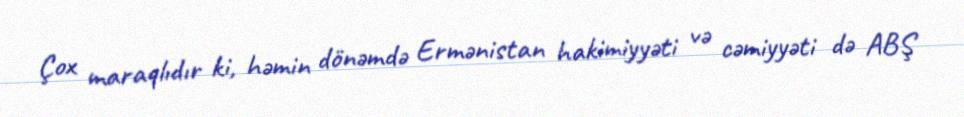
Çox maraqlıdır ki, həmin dönəmdə Ermənistan hakimiyyəti və cəmiyyəti də ABŞ